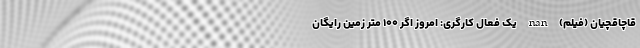
قاچاقچیان (فیلم) nan یک فعال کارگری: امروز اگر ۱۰۰ متر زمین رایگان